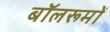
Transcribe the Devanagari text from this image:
बॉलरूमों